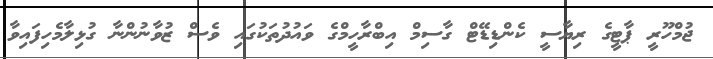
ޖުމްހޫރީ ޕާޓީގެ ރިޔާސީ ކެންޑިޑޭޓް ގާސިމް އިބްރާހީމްގެ ވައުދުތަކުގައި ވެސް ޒުވާނުންނާ ގުޅިލާމެހިފައިވާ